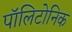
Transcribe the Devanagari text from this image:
पॉलिटोनिक